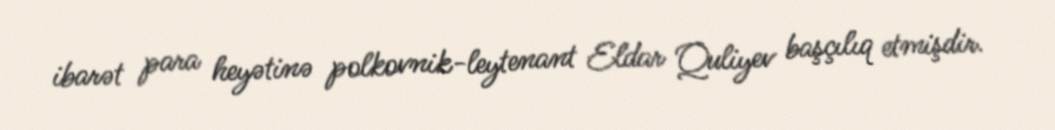
ibarət para heyətinə polkovnik-leytenant Eldar Quliyev başçılıq etmişdir.